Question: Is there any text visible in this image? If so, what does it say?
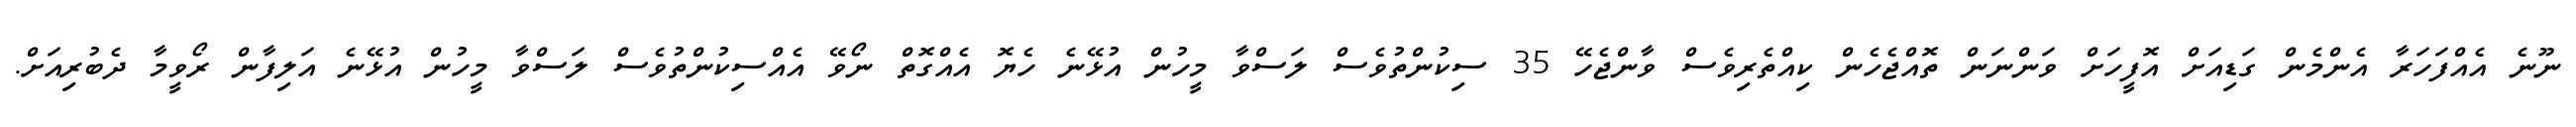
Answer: ނޫނެ އެއްފަހަރާ އެންމެން ގަޑިއަށް އޮފީހަށް ވަންނަން ތޮއްޖެހެން ކިއްތެރިވެސް ވާންޖެހޭ 35 ސިކުންތުވެސް ލަސްވާ މީހުން އުޅޭނެ ހެޔޮ އެއްގޮތް ނޯވޭ އެއްސިކުންތުވެސް ލަސްވާ މީހުން އުޅޭނެ އަލިފާން ރޯވީމާ ދެބުރިއަށް.